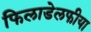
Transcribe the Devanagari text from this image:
फिलाडेलफीया